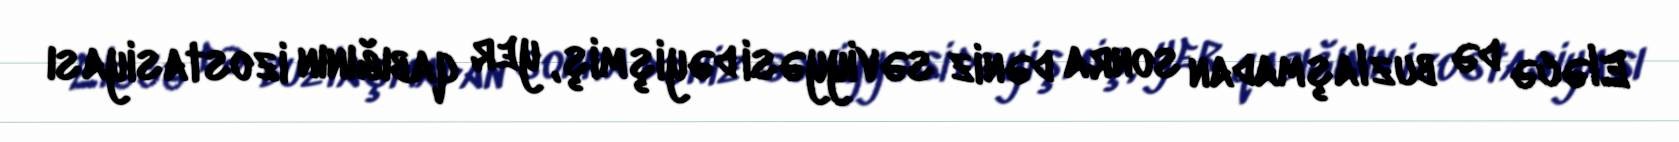
Eləcə də buzlaşmadan sonra dəniz səviyyəsi dəyişmiş, yer qabığının izostasiyası